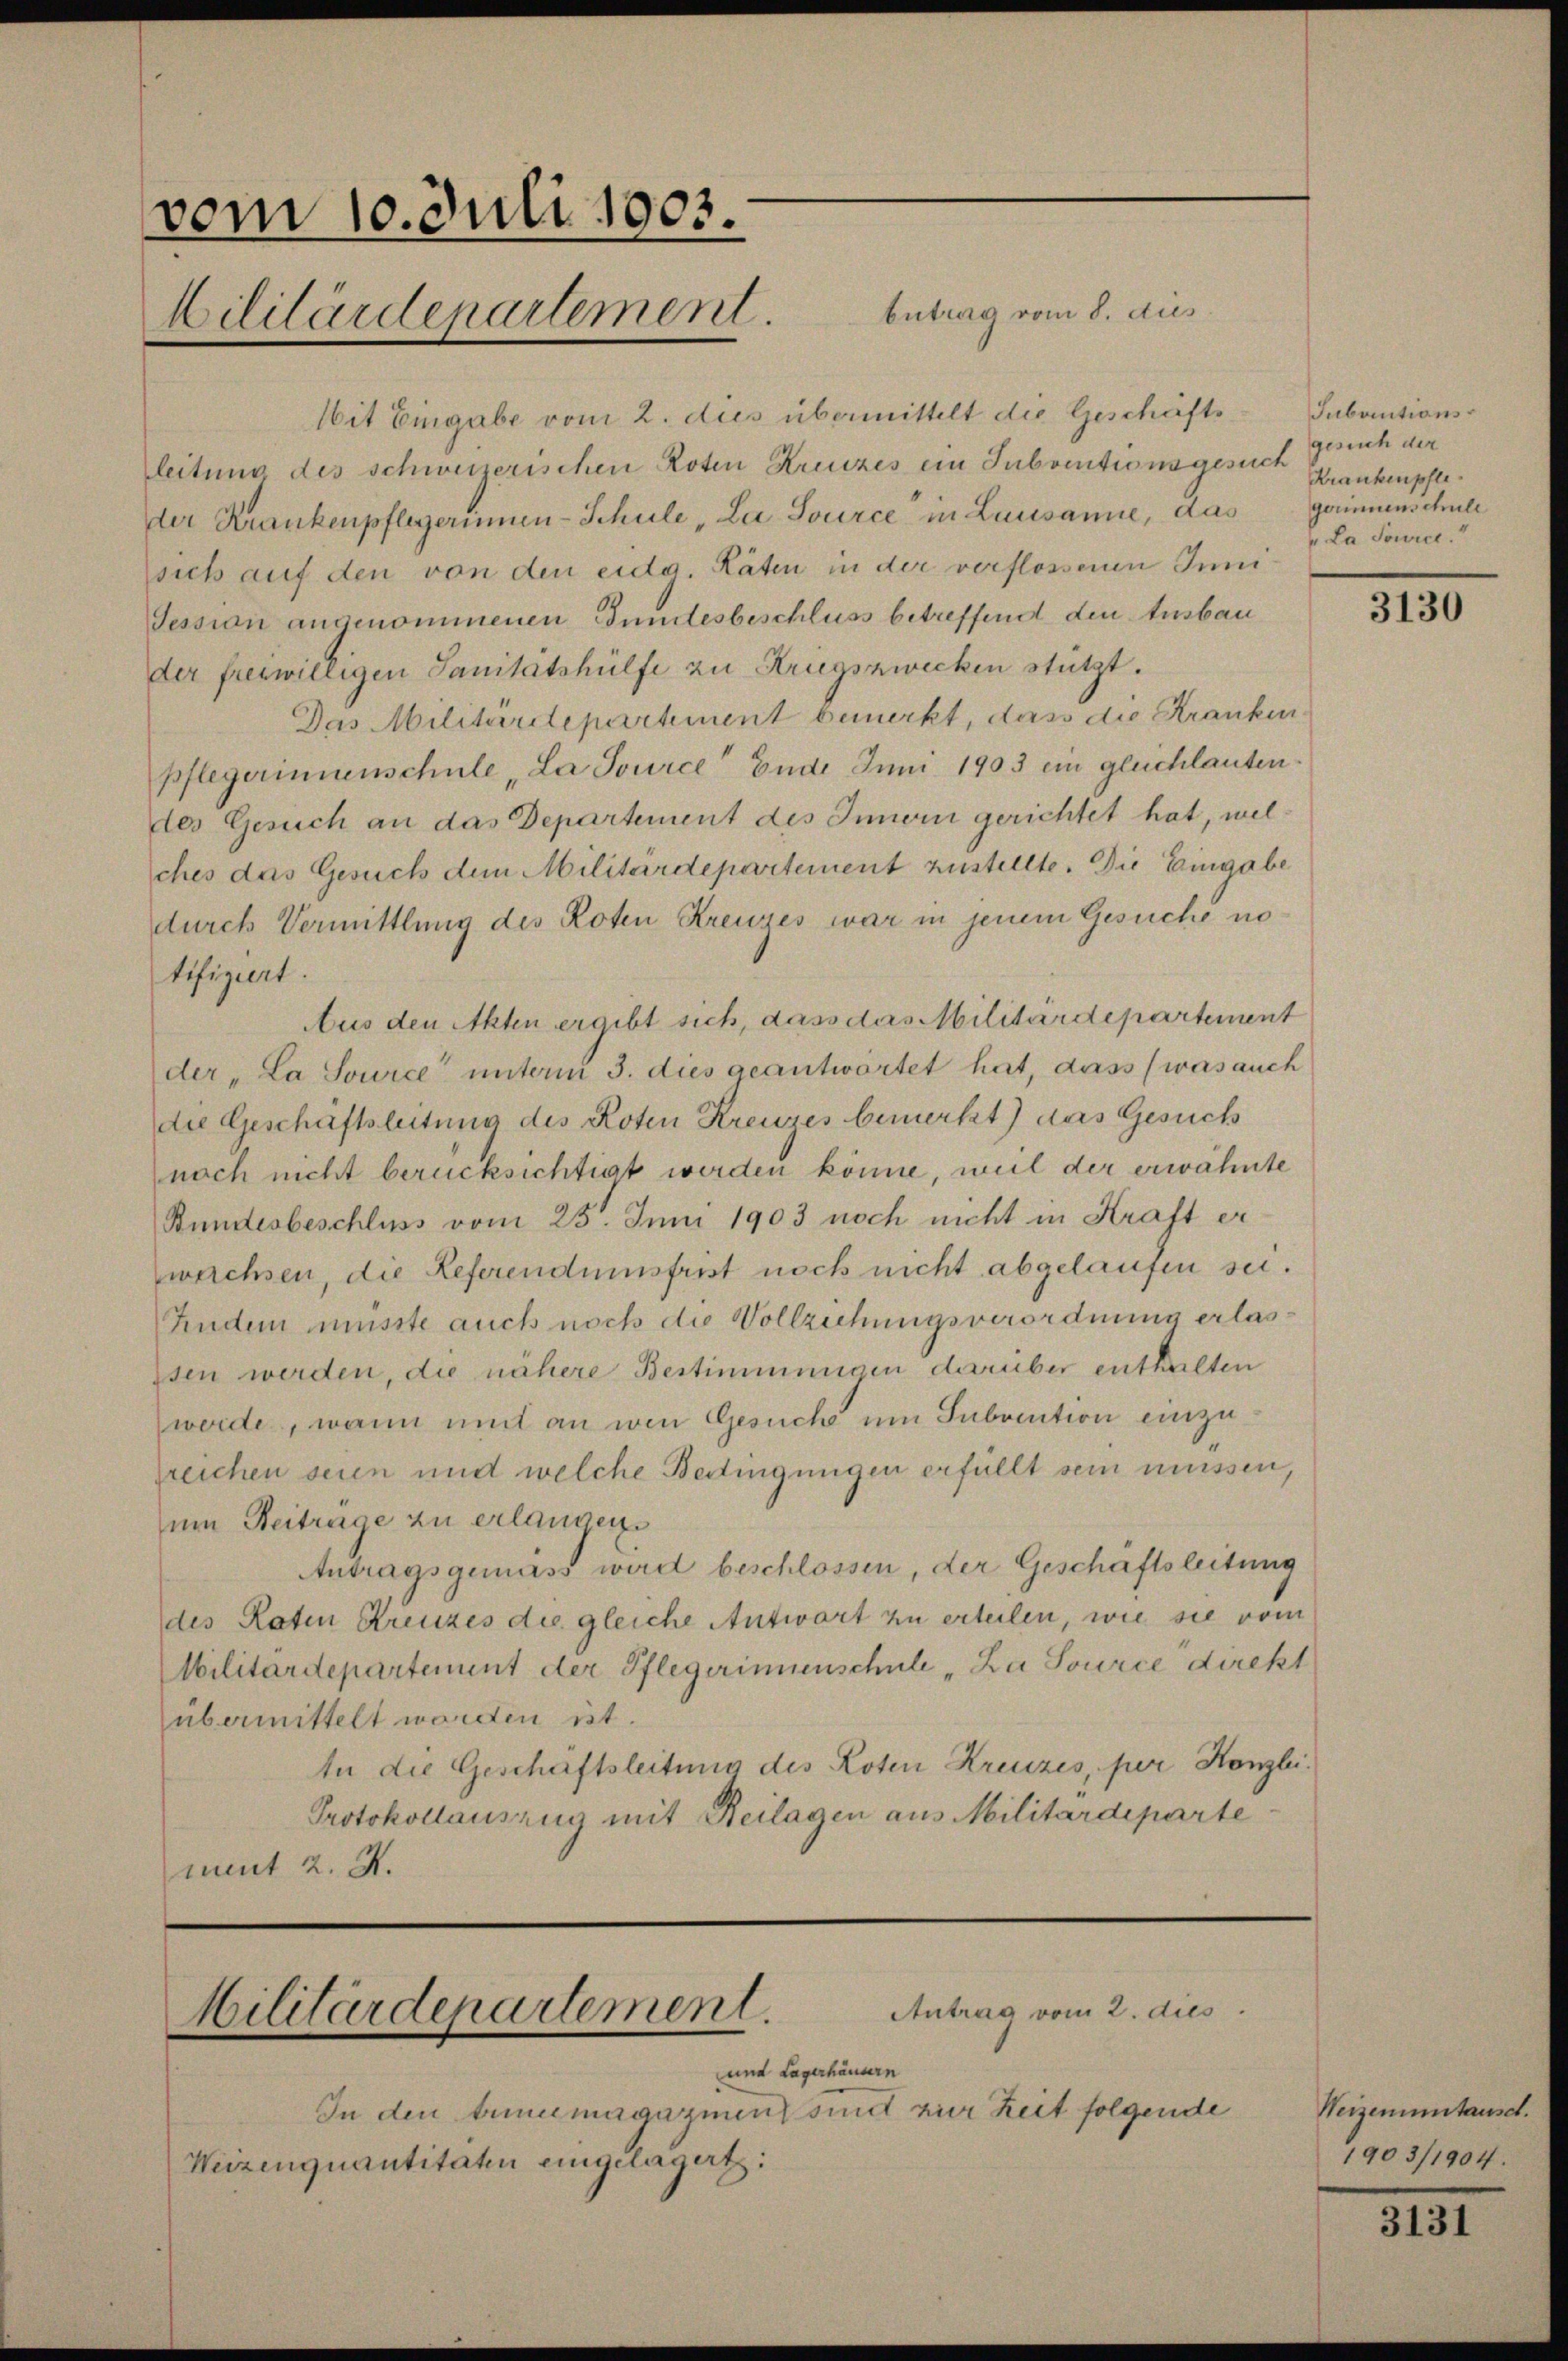
vom 10. Juli 1903.
Militärdepartement. Eintrag/Antrag vom 8. aus

Mit Eingabe vom 2. dies übermittelt die Geschäfts
leitung des schweizerischen Roten Kreuzes ein Subventionsgesuch Krankenpfleder Krankenpflegerinnen-Schule, La Source in Lausanne, das gerinnenschule
sich auf den von den eidg. Räten in der verflossenen Inni¬
Tession angenommenen Bundesbeschluss betreffend den Ausbau
der freiwilligen Sanitätshülfe zu Kriegszwecken stützt.
Das Militärdepartement bemerkt, dass die Kranken.
pflegerinnenschule „La source“ Ende Juni 1903 ein gleichlauten
des Gesuch an das Departement des Innern gerichtet hat, welches das Gesuch dem Militärdepartement zustellte. Die Eingabe
durch Vermittlung des Roten Kreuzes war in jenem Gesuche no
tifiziert.
Aus den Akten ergibt sich, dass das Militärdepartement
der „La Source unterm 3. dies geantwortet hat, dass (was auch
die Geschaftsleitung des Roten Kreuzes bemerkt) das Gesuch
nach nicht berücksichtigt werden könne, weil der erwähnte
Bundesbeschluss vom 25. Juni 1903 noch nicht in Kraft er
wechsen, die Referendumsfrist noch nicht abgelaufen sei.
Andern müsste auch noch die Vollziehungsverordnung erlasssen werden, die nähere Bestimmungen darüber enthalten
werde, wann mit an wie Gesuche um Subvention einzurreichen seien und welche Bedingungen erfüllt sein müssen,
zum Beitrage zu erlangen.
Antragsgemäss wird beschlossen, der Geschaftsleitung
des Raten Kreuzes die gleiche Antwort zu erteilen, wie sie vom
Militärdepartement der Pflegerinnenschule „La Source direkt
übermittelt worden ist.
In die Geschäftsleitung des Roten Kreuzes, per Kanzlei.
Protokollauszug mit Beilagen aus Militärdeparte
ment 2. X.

Antrag vom 2. dies
Militärdepartement.
und Lagerhäusern

In den trinumagazinen sit vier Zeit folgende
Weizenquantitäten eingelagert:

Subautionsgesuch der
La Sowice.

3130

Weizenuntausch.
1903/1904.

3131